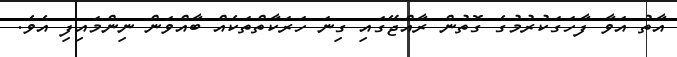
އާތު އަވާ ފާހަގަކުރުމުގެ ގޮތުން ރާއްޖޭގައި ގިނަ ހަރަކާތްތަކެއް ބާއްވަން ނިންމައިފި އެވެ.